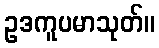
ဥဒကူပမာသုတ်။